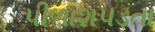
પીળાશપડતા